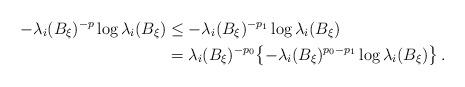
LaTeX: \begin{align*}-\lambda_i(B_\xi)^{-p}\log\lambda_i(B_\xi)&\le-\lambda_i(B_\xi)^{-p_1}\log\lambda_i(B_\xi) \\&=\lambda_i(B_\xi)^{-p_0}\bigl\{-\lambda_i(B_\xi)^{p_0-p_1}\log\lambda_i(B_\xi)\bigr\} \,.\end{align*}